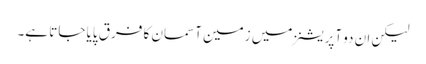
لیکن ان دو آپریشنز میں زمین آسمان کا فرق پایا جاتا ہے۔